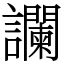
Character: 讕